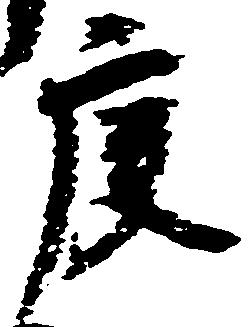
庚